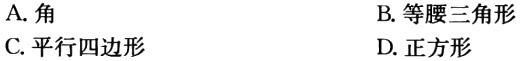
A. 角

B. 等腰三角形

C. 平行四边形

D. 正方形